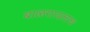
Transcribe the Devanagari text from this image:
बाळगायलाच